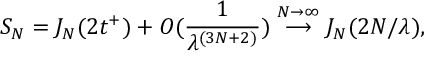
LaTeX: S _ { N } = J _ { N } ( 2 t ^ { + } ) + O ( \frac { 1 } { \lambda ^ { ( 3 N + 2 ) } } ) \stackrel { N \rightarrow \infty } { \longrightarrow } J _ { N } ( 2 N / \lambda ) ,